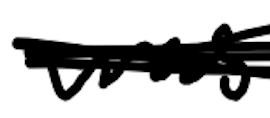
Text: was
Cross-out: scratch
Writing tool: digital_black